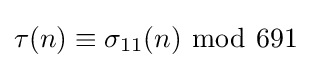
\tau (n)\equiv \sigma _{11}(n)\ {\bmod {\ }}691